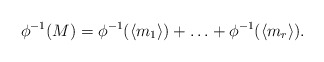
\begin{align*}\phi^{-1}(M) = \phi^{-1}(\langle m_1 \rangle) + \ldots + \phi^{-1}(\langle m_r \rangle). \end{align*}